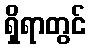
ရှိရာတွင်